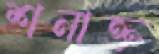
শনাক্ত